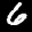
Label: 6